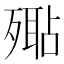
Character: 𣩚